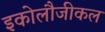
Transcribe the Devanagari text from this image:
इकोलौजीकल